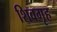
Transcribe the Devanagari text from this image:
शिवगृह